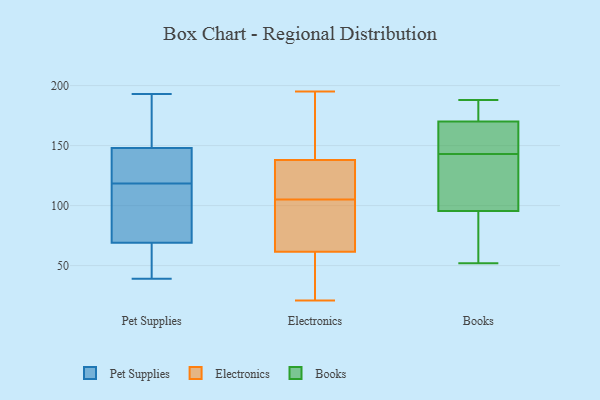
{"axis": {"x": "Population (Million)", "y": "Value"}, "legend": ["Books", "Electronics", "Pet Supplies"], "data": [{"x": "", "y": 148, "type": "Pet Supplies"}, {"x": "", "y": 182, "type": "Pet Supplies"}, {"x": "", "y": 69, "type": "Pet Supplies"}, {"x": "", "y": 110, "type": "Pet Supplies"}, {"x": "", "y": 168, "type": "Pet Supplies"}, {"x": "", "y": 140, "type": "Pet Supplies"}, {"x": "", "y": 193, "type": "Pet Supplies"}, {"x": "", "y": 127, "type": "Pet Supplies"}, {"x": "", "y": 49, "type": "Pet Supplies"}, {"x": "", "y": 72, "type": "Pet Supplies"}, {"x": "", "y": 83, "type": "Pet Supplies"}, {"x": "", "y": 39, "type": "Pet Supplies"}, {"x": "", "y": 52, "type": "Pet Supplies"}, {"x": "", "y": 142, "type": "Pet Supplies"}, {"x": "", "y": 67, "type": "Electronics"}, {"x": "", "y": 92, "type": "Electronics"}, {"x": "", "y": 107, "type": "Electronics"}, {"x": "", "y": 105, "type": "Electronics"}, {"x": "", "y": 140, "type": "Electronics"}, {"x": "", "y": 21, "type": "Electronics"}, {"x": "", "y": 136, "type": "Electronics"}, {"x": "", "y": 161, "type": "Electronics"}, {"x": "", "y": 87, "type": "Electronics"}, {"x": "", "y": 156, "type": "Electronics"}, {"x": "", "y": 43, "type": "Electronics"}, {"x": "", "y": 105, "type": "Electronics"}, {"x": "", "y": 114, "type": "Electronics"}, {"x": "", "y": 56, "type": "Electronics"}, {"x": "", "y": 50, "type": "Electronics"}, {"x": "", "y": 195, "type": "Electronics"}, {"x": "", "y": 158, "type": "Books"}, {"x": "", "y": 143, "type": "Books"}, {"x": "", "y": 188, "type": "Books"}, {"x": "", "y": 187, "type": "Books"}, {"x": "", "y": 143, "type": "Books"}, {"x": "", "y": 87, "type": "Books"}, {"x": "", "y": 185, "type": "Books"}, {"x": "", "y": 112, "type": "Books"}, {"x": "", "y": 125, "type": "Books"}, {"x": "", "y": 94, "type": "Books"}, {"x": "", "y": 96, "type": "Books"}, {"x": "", "y": 165, "type": "Books"}, {"x": "", "y": 52, "type": "Books"}]}